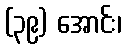
(၃၉) အောင်း၊